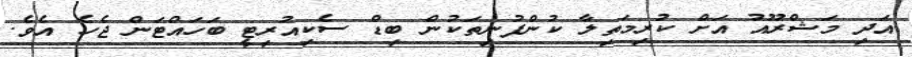
އަދި މަޝްރޫއު އަށް ކުރިމަތިލާ ކުންފުނިތަކުން ބިޑް ސެކިއުރިޓީ ބަހައްޓަން ޖެހެ އެވެ.